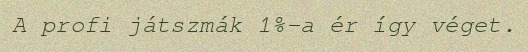
A profi játszmák 1%-a ér így véget.